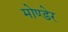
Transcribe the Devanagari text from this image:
मोण्डेर